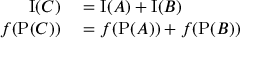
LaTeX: \begin{array} { r l } { \operatorname { I } ( C ) } & { { } = \operatorname { I } ( A ) + \operatorname { I } ( B ) } \\ { f ( \operatorname { P } ( C ) ) } & { { } = f ( \operatorname { P } ( A ) ) + f ( \operatorname { P } ( B ) ) } \end{array}